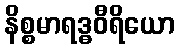
နိစ္စမာရဒ္ဓဝီရိယော